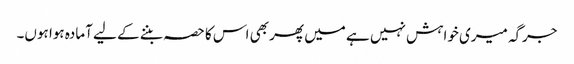
جرگہ میری خواہش نہیں ہے میں پھر بھی اس کا حصہ بننے کے لیے آمادہ ہوا ہوں۔